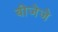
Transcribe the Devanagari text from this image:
बीजेजे